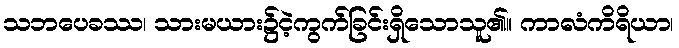
သဘပေခဿ၊ သားမယား၌ငဲ့ကွက်ခြင်းရှိသောသူ၏။ ကာလံကိရိယာ၊